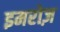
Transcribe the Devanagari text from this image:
इमरोज़